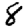
Digit: 8